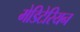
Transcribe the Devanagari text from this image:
मेडिटेरियन